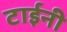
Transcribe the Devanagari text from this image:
टाईनी